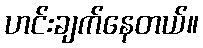
ဟင်းချက်နေတယ်။